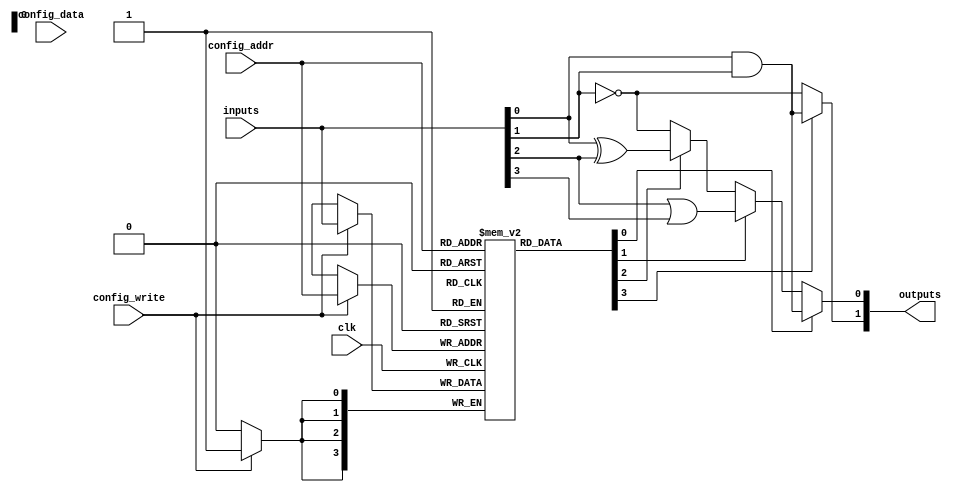
module sram_plb #(
    parameter NUM_INPUTS = 4,   // Number of inputs to the logic block
    parameter NUM_OUTPUTS = 2,   // Number of outputs from the logic block
    parameter SRAM_SIZE = 16      // Size of the SRAM for configuration
)(
    input  wire [NUM_INPUTS-1:0]  inputs,           // Logic block inputs
    input  wire [3:0]              config_addr,      // Configuration address for SRAM
    input  wire                    config_data,       // Configuration data for SRAM
    input  wire                    config_write,      // Write enable for SRAM
    input  wire                    clk,                // Clock signal
    output wire [NUM_OUTPUTS-1:0] outputs             // Logic block outputs
);

    // SRAM array for configuration
    reg [NUM_INPUTS-1:0] sram [0:SRAM_SIZE-1];

    // Logic gates outputs
    wire and_out, or_out, xor_out, not_out;

    // Configuration memory write process
    always @(posedge clk) begin
        if (config_write) begin
            sram[config_addr] <= inputs; // Write inputs to SRAM at specified address
        end
    end

    // Logic block implementation
    assign and_out = inputs[0] & inputs[1]; // AND gate
    assign or_out  = inputs[2] | inputs[3]; // OR gate
    assign xor_out = inputs[0] ^ inputs[2]; // XOR gate
    assign not_out = ~inputs[1];             // NOT gate

    // Output selection based on configuration
    assign outputs[0] = (sram[config_addr][0]) ? and_out : 
                        (sram[config_addr][1]) ? or_out : 
                        (sram[config_addr][2]) ? xor_out : 
                        not_out;

    assign outputs[1] = (sram[config_addr][3]) ? and_out : 
                        (sram[config_addr][4]) ? or_out : 
                        (sram[config_addr][5]) ? xor_out : 
                        not_out;

endmodule